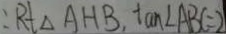
: R t \Delta A H B , \tan \angle A B C = 2